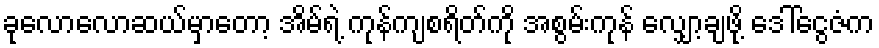
ခုလောလောဆယ်မှာတော့ အိမ်ရဲ့ ကုန်ကျစရိတ်ကို အစွမ်းကုန် လျှော့ချဖို့ ဒေါ်ငွေဇံက